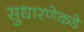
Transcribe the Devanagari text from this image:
सुधारणेकडे